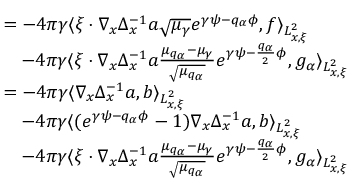
\begin{array} { r l } & { = - 4 \pi \gamma \langle \xi \cdot \nabla _ { x } \Delta _ { x } ^ { - 1 } a \sqrt { \mu _ { \gamma } } e ^ { \gamma \psi - q _ { \alpha } \phi } , f \rangle _ { L _ { x , \xi } ^ { 2 } } } \\ & { \quad - 4 \pi \gamma \langle \xi \cdot \nabla _ { x } \Delta _ { x } ^ { - 1 } a \frac { \mu _ { q _ { \alpha } } - \mu _ { \gamma } } { \sqrt { \mu _ { q _ { \alpha } } } } e ^ { \gamma \psi - \frac { q _ { \alpha } } { 2 } \phi } , g _ { \alpha } \rangle _ { L _ { x , \xi } ^ { 2 } } } \\ & { = - 4 \pi \gamma \langle \nabla _ { x } \Delta _ { x } ^ { - 1 } a , b \rangle _ { L _ { x , \xi } ^ { 2 } } } \\ & { \quad - 4 \pi \gamma \langle ( e ^ { \gamma \psi - q _ { \alpha } \phi } - 1 ) \nabla _ { x } \Delta _ { x } ^ { - 1 } a , b \rangle _ { L _ { x , \xi } ^ { 2 } } } \\ & { \quad - 4 \pi \gamma \langle \xi \cdot \nabla _ { x } \Delta _ { x } ^ { - 1 } a \frac { \mu _ { q _ { \alpha } } - \mu _ { \gamma } } { \sqrt { \mu _ { q _ { \alpha } } } } e ^ { \gamma \psi - \frac { q _ { \alpha } } { 2 } \phi } , g _ { \alpha } \rangle _ { L _ { x , \xi } ^ { 2 } } } \end{array}